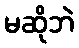
မဆိုဘဲ